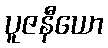
ပူဇနီယော